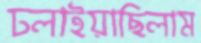
ঢলাইয়াছিলাম